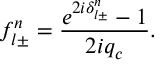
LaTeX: f _ { l \pm } ^ { n } = \frac { e ^ { 2 i \delta _ { l \pm } ^ { n } } - 1 } { 2 i q _ { c } } .